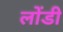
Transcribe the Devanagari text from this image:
लोंडी